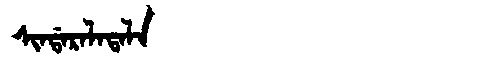
Manchu: ᠰᡳᠨᡩᠠᡵᠠᠯᠠᡨᠠᠯᠠ
Romanization: SINDARALATALA